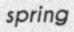
spring